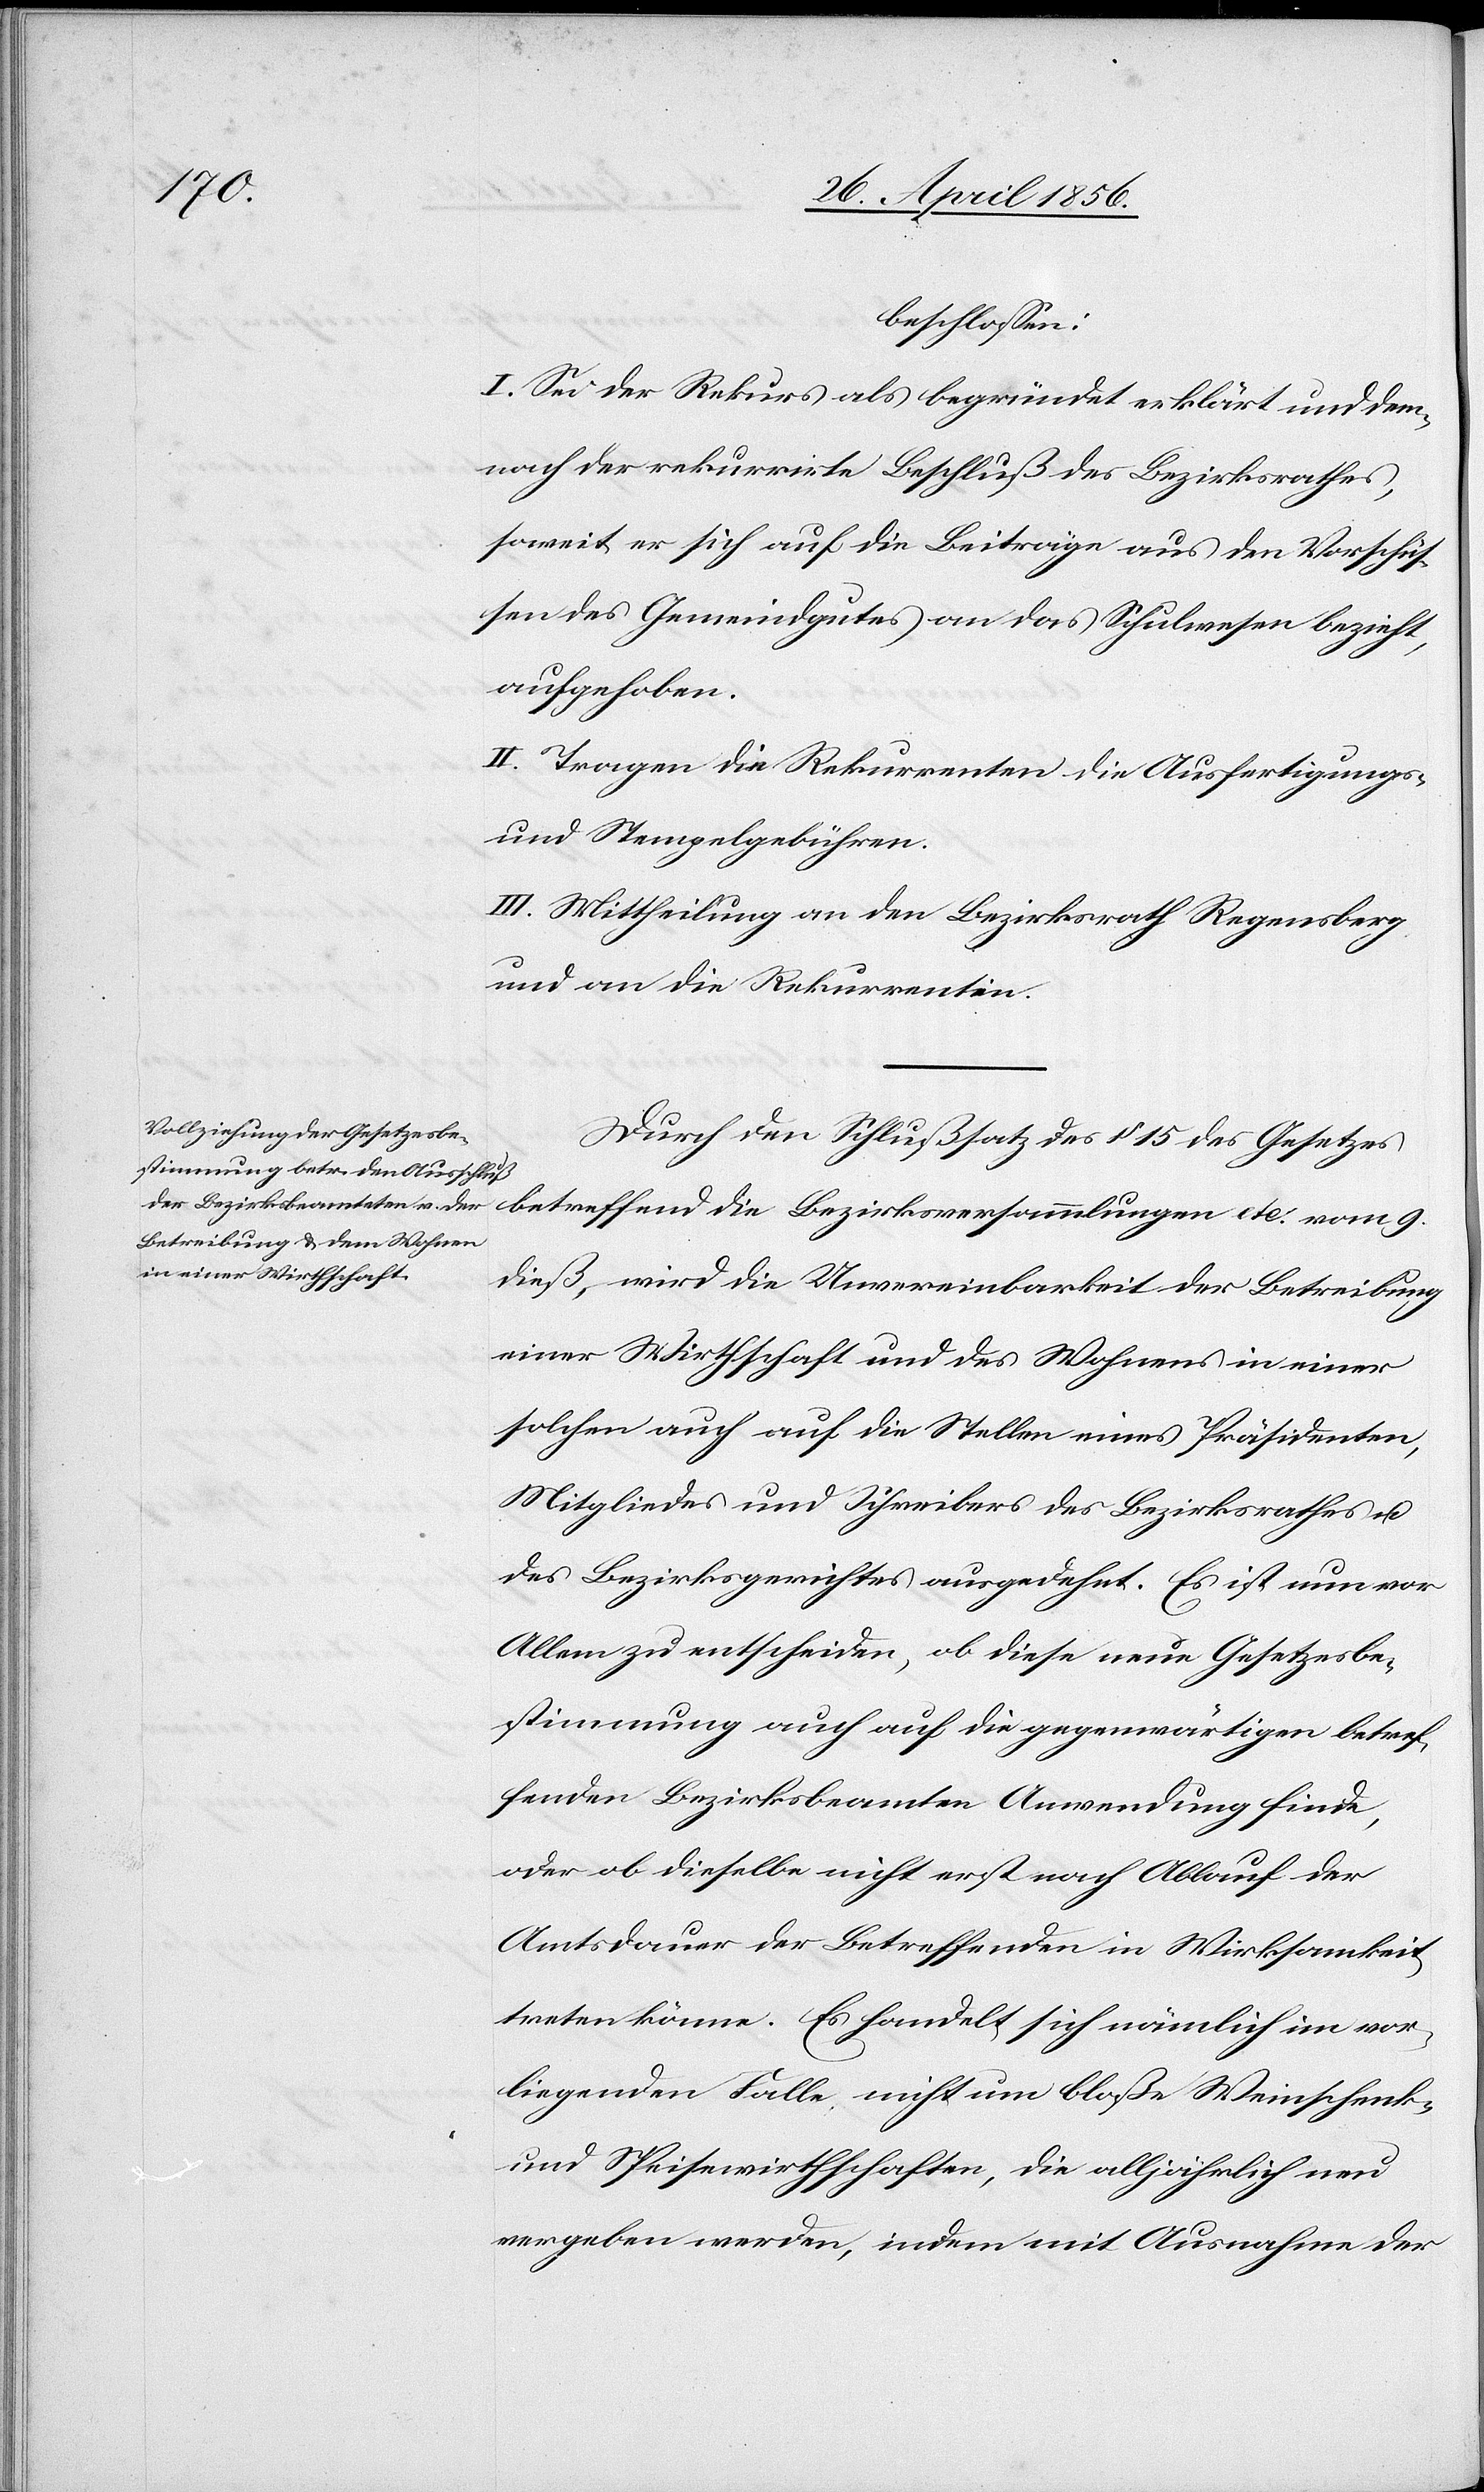
beschlossen:
I. Sei der Rekurs als begründet erklärt und dem¬
nach der rekurrirte Beschluß des Bezirksrathes,
soweit er sich auf die Beiträge aus den Vorschüs¬
sen des Gemeindgutes an das Schulwesen bezieht,
aufgehoben.
II. Tragen die Rekurrenten die Ausfertigungs-
und Stempelgebühren.
III. Mittheilung an den Bezirksrath Regensberg
und an die Rekurrentin.
Durch den Schlußsatz des § 15 des Gesetzes
dieß, wird die Unvereinbarkeit der Betreibung
einer Wirtschaft und des Wohnens in einer
solchen auch auf die Stellen eines Präsidenten,
Mitgliedes und Schreibers des Bezirksrathes u.
des Bezirksgerichtes ausgedehnt. Es ist nun vor
Allem zu entscheiden, ob diese neue Gesetzesbe¬
stimmung auch auf die gegenwärtigen betref¬
fenden Bezirksbeamteten Anwendung finde,
oder ob dieselbe nicht erst nach Ablauf der
Amtsdauer der Betreffenden in Wirksamkeit
treten könne. Es handelt sich nämlich im vor¬
liegenden Falle nicht um bloße Weinschenk-
und Speisewirthschaften, die alljährlich neu
vergeben werden, indem mit Ausnahme der